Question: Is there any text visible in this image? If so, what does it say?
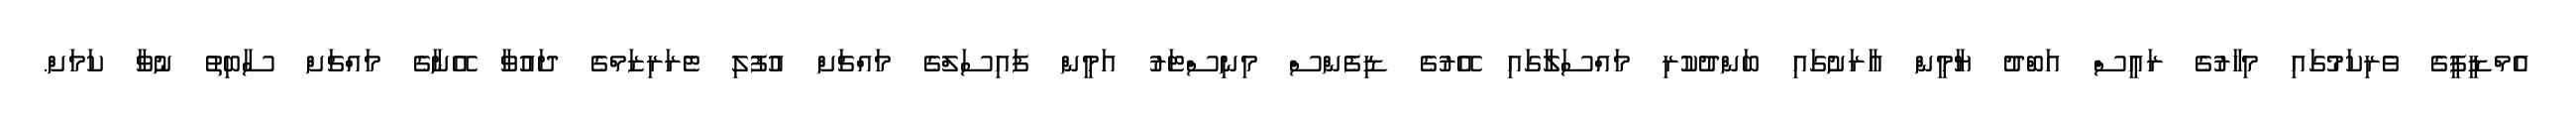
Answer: އެމްޑީޕީގެ ވެރިކަމުގައި މިހާރުގެ ރައީސް އަބްދު ޔާމީން އާރަށުގައި ބަންދުކުރި މައްސަލާގައި އޭރުގެ ޑިފެންސް މިނިސްޓަރު އަމީން ފައިސަލްގެ މައްޗަށް އުފުލި ޓެރަރިޒަމްގެ ދައުވާ އޭނާގެ މައްޗަށް ސާބިތު ނުވާ ކަމަށް.